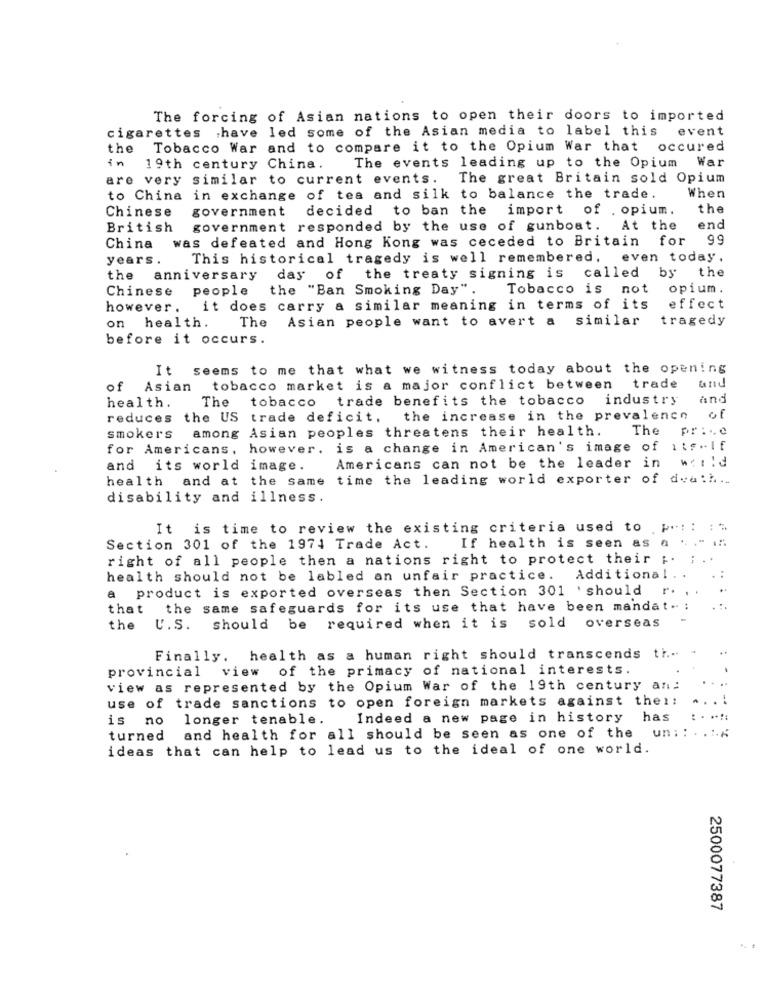
The forcing of Asian nations to open their doors to imported
cigarettes have led some of the Asian media to label this event
the
Tobacco War and to compare it to the Opium War that occured
in
War
19th century China.
The events leading up to the Opium
are very similar to current events.
The great Britain sold Opium
to China
in exchange of tea and silk to balance the trade.
When
Chinese
government
decided to ban the import of . opium.
the
British
government responded by the use of gunboat.
At the
end
was defeated and Hong Kong was ceceded to Britain for
99
China
years .
This historical tragedy is well remembered, even today.
the
the anniversary
day of the treaty signing is called by
Chinese people
the "Ban Smoking Day".
Tobacco is not
opium.
however.
it does carry a similar meaning in terms of its
effect
Asian people want to avert a similar
tragedy
on health.
The
before it occurs.
It seems to me that what we witness today about the opening
of Asian tobacco market is a major conflict between trade
The
tobacco trade benefits the tobacco industry
and
health.
reduces
the US trade deficit, the increase in the prevalence
of
among Asian peoples threatens their health.
The price
smokers
for Americans, however, is a change in American's image of its.If
and its world image.
Americans can not be the leader in wet!d
health
and at the same
time the leading world exporter of death ..
disability and illness.
It is time to review the existing criteria used to .p .: : : "
Section 301 of the 1974 Trade Act.
If health is seen as
right of all people then a nations right to protect their ;. ; ..
health should not be labled an unfair practice. Additional ..
. :
a product is exported overseas then Section 301 'should
that
the same safeguards for its use that have been mandat.
-
the U.S. should be required when it is sold overseas
Finally. health as a human right should transcends th ...
provincial view of the primacy of national interests.
view as represented by the Opium War of the 19th century an:
use of trade sanctions to open foreign markets against the !!
is no
longer tenable.
Indeed a new page in history
has
turned
and health for all should be seen as one of the
un :: . ....
ideas that can help to lead us to the ideal of one world.
2500077387